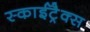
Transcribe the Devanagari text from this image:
स्काईट्रैक्स